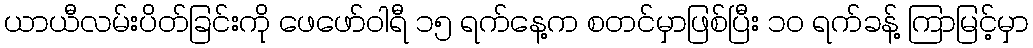
ယာယီလမ်းပိတ်ခြင်းကို ဖေဖော်ဝါရီ ၁၅ ရက်နေ့က စတင်မှာဖြစ်ပြီး ၁၀ ရက်ခန့် ကြာမြင့်မှာ